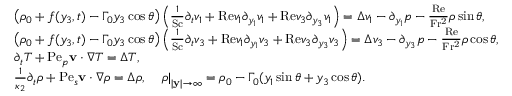
\begin{array} { r l } & { \left( \rho _ { 0 } + f ( y _ { 3 } , t ) - \Gamma _ { 0 } y _ { 3 } \cos \theta \right) \left( \frac { 1 } { \mathrm { S c } } \partial _ { t } v _ { 1 } + \mathrm { R e } v _ { 1 } \partial _ { y _ { 1 } } v _ { 1 } + \mathrm { R e } v _ { 3 } \partial _ { y _ { 3 } } v _ { 1 } \right) = \Delta v _ { 1 } - \partial _ { y _ { 1 } } p - \frac { \mathrm { R e } } { \mathrm { F r ^ { 2 } } } \rho \sin \theta , } \\ & { \left( \rho _ { 0 } + f ( y _ { 3 } , t ) - \Gamma _ { 0 } y _ { 3 } \cos \theta \right) \left( \frac { 1 } { \mathrm { S c } } \partial _ { t } v _ { 3 } + \mathrm { R e } v _ { 1 } \partial _ { y _ { 1 } } v _ { 3 } + \mathrm { R e } v _ { 3 } \partial _ { y _ { 3 } } v _ { 3 } \right) = \Delta v _ { 3 } - \partial _ { y _ { 3 } } p - \frac { \mathrm { R e } } { \mathrm { F r ^ { 2 } } } \rho \cos \theta , } \\ & { \partial _ { t } T + \mathrm { P e } _ { p } \mathbf { v } \cdot \nabla T = \Delta T , } \\ & { \frac { 1 } { \kappa _ { 2 } } \partial _ { t } \rho + \mathrm { P e } _ { s } \mathbf { v } \cdot \nabla \rho = \Delta \rho , \quad \left. \rho \right| _ { | \mathbf { y } | \rightarrow \infty } = \rho _ { 0 } - \Gamma _ { 0 } ( y _ { 1 } \sin \theta + y _ { 3 } \cos \theta ) . } \end{array}